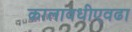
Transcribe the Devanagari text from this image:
कालावधीएवढा